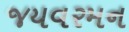
જયવરમન